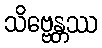
သိဗ္ဗေန္တဿ